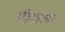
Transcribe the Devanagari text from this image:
मेंडलला